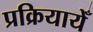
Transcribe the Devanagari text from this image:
प्रक्रियायेँ